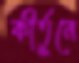
কীর্তুনে